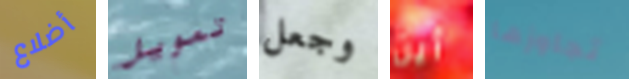
أضلاع تمويل وجعل أين تجاوزها